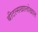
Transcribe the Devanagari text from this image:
बीटल्सखालोखाल